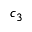
c _ { 3 }